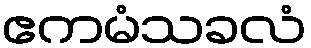
ဧကမံသခလံ